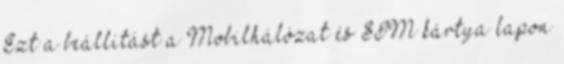
Ezt a beállítást a Mobilhálózat és SIM kártya lapon